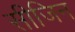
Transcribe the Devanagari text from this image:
सीजिन